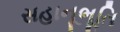
સહાનૂભૂતિ